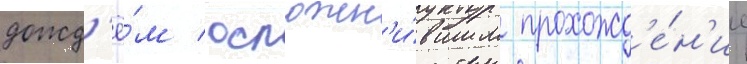
дожд'ё́м / осложн'и́вшим прохожд'е́н'ие